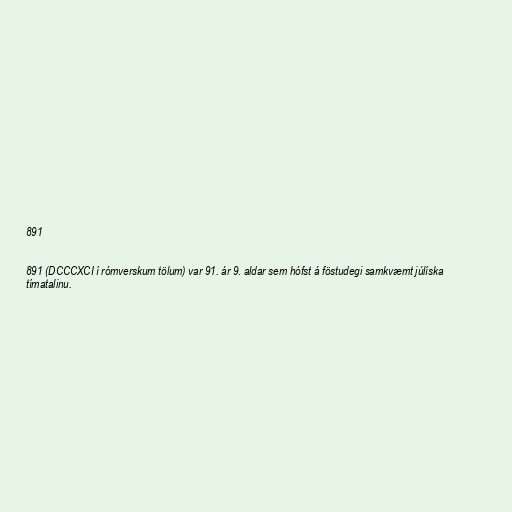
891

891 (DCCCXCI í rómverskum tölum) var 91. ár 9. aldar sem hófst á föstudegi samkvæmt júlíska
tímatalinu.